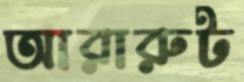
আরারুট